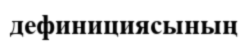
дефинициясының